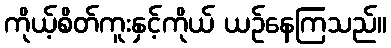
ကိုယ့်စိတ်ကူးနှင့်ကိုယ် ယဉ်နေကြသည်။